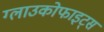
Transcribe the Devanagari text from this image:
ग्लाउकोफाइट्स